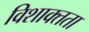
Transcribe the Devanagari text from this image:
विशाक्तता